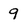
Character: 9